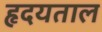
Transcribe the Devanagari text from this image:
हृदयताल